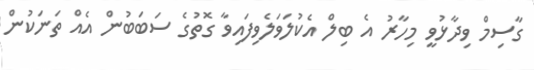
ގާސިމް ވިދާޅުވީ މިހާރު އެ ބިލް އެކުލަވަލެވިފައިވާ ގޮތުގެ ސަބަބުން އެއް ތަނަކުން